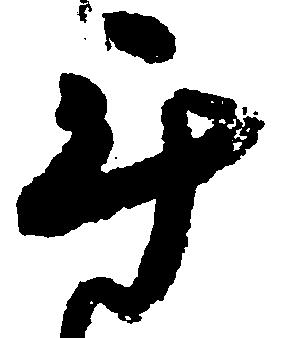
年